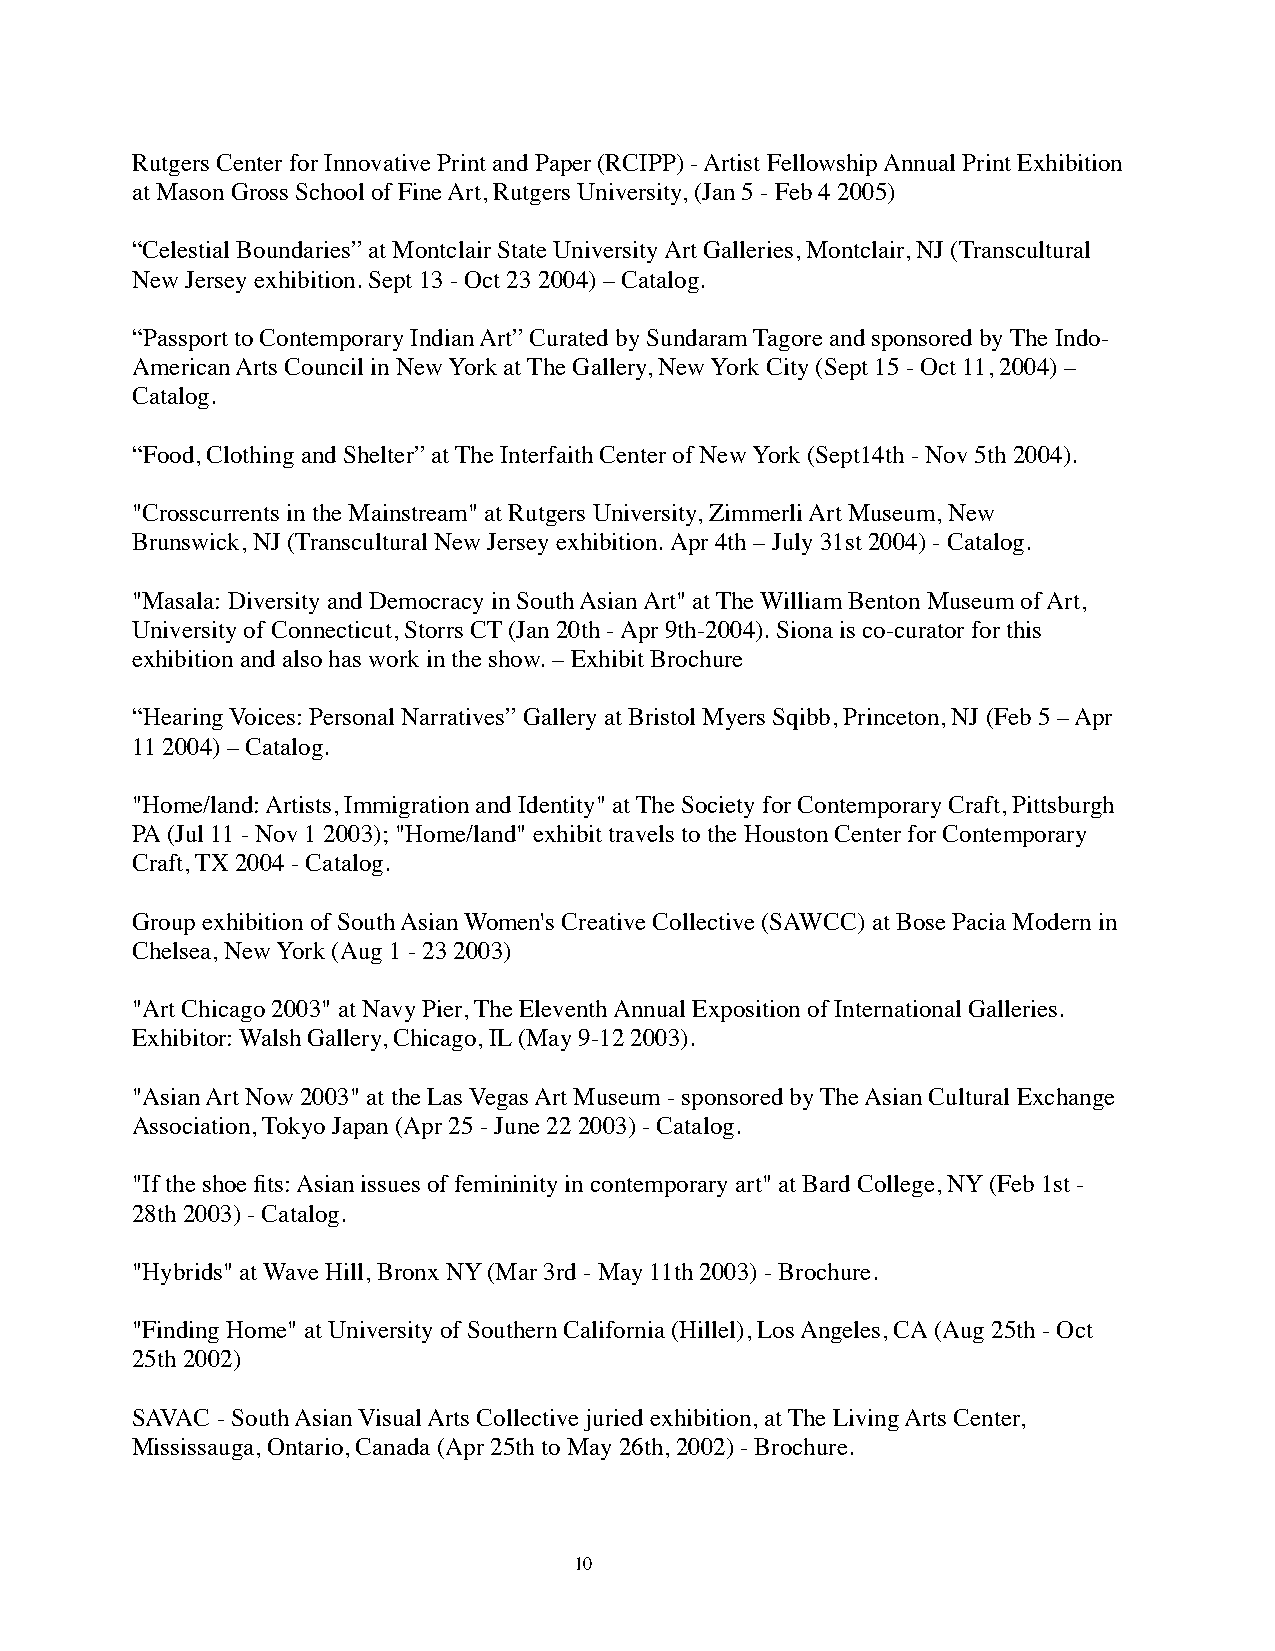
Rutgers Center for Innovative Print and Paper (RCIPP) - Artist Fellowship Annual Print Exhibition
 at Mason Gross School of Fine Art, Rutgers University, (Jan 5 - Feb 4 2005)
 “Celestial Boundaries” at Montclair State University Art Galleries, Montclair, NJ (Transcultural
 New Jersey exhibition. Sept 13 - Oct 23 2004) – Catalog.
 “Passport to Contemporary Indian Art” Curated by Sundaram Tagore and sponsored by The Indo-
 American Arts Council in New York at The Gallery, New York City (Sept 15 - Oct 11, 2004) –
 Catalog.
 “Food, Clothing and Shelter” at The Interfaith Center of New York (Sept14th - Nov 5th 2004).
 "Crosscurrents in the Mainstream" at Rutgers University, Zimmerli Art Museum, New
 Brunswick, NJ (Transcultural New Jersey exhibition. Apr 4th – July 31st 2004) - Catalog.
 "Masala: Diversity and Democracy in South Asian Art" at The William Benton Museum of Art,
 University of Connecticut, Storrs CT (Jan 20th - Apr 9th-2004). Siona is co-curator for this
 exhibition and also has work in the show. – Exhibit Brochure
 “Hearing Voices: Personal Narratives” Gallery at Bristol Myers Sqibb, Princeton, NJ (Feb 5 – Apr
 11 2004) – Catalog.
 "Home/land: Artists, Immigration and Identity" at The Society for Contemporary Craft, Pittsburgh
 PA (Jul 11 - Nov 1 2003); "Home/land" exhibit travels to the Houston Center for Contemporary
 Craft, TX 2004 - Catalog.
 Group exhibition of South Asian Women's Creative Collective (SAWCC) at Bose Pacia Modern in
 Chelsea, New York (Aug 1 - 23 2003)
 "Art Chicago 2003" at Navy Pier, The Eleventh Annual Exposition of International Galleries.
 Exhibitor: Walsh Gallery, Chicago, IL (May 9-12 2003).
 "Asian Art Now 2003" at the Las Vegas Art Museum - sponsored by The Asian Cultural Exchange
 Association, Tokyo Japan (Apr 25 - June 22 2003) - Catalog.
 "If the shoe fits: Asian issues of femininity in contemporary art" at Bard College, NY (Feb 1st -
 28th 2003) - Catalog.
 "Hybrids" at Wave Hill, Bronx NY (Mar 3rd - May 11th 2003) - Brochure.
 "Finding Home" at University of Southern California (Hillel), Los Angeles, CA (Aug 25th - Oct
 25th 2002)
 SAVAC - South Asian Visual Arts Collective juried exhibition, at The Living Arts Center,
 Mississauga, Ontario, Canada (Apr 25th to May 26th, 2002) - Brochure.
 10